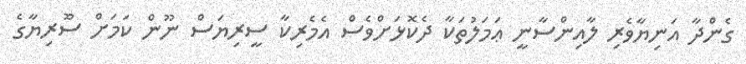
ގެންދާ އަނިޔާވެރި ލާއިންސާނީ ޢަމަލުތަކާ ދެކޮޅަށްވެސް އެމެރިކާ ސީރިޔަސް ނޫން ކަމަށް ސޫެރިޔާގެ